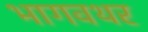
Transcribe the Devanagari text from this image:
भागवथर